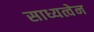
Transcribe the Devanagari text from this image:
साध्यत्वेन